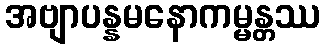
အဗျာပန္နမနောကမ္မန္တဿ